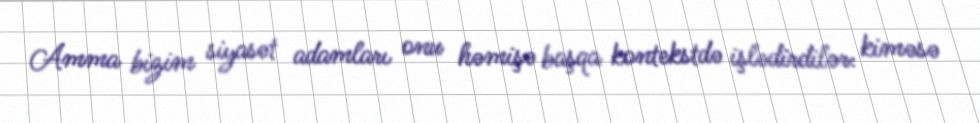
Amma bizim siyasət adamları onu həmişə başqa kontekstdə işlədirdilər: kiməsə